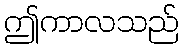
ဤကာလသည်